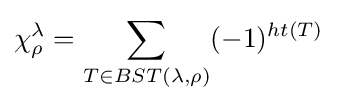
\chi _{\rho }^{\lambda }=\sum _{T\in BST(\lambda ,\rho )}(-1)^{ht(T)}